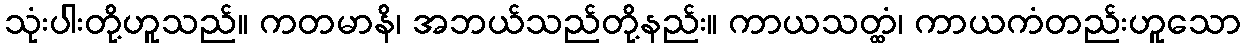
သုံးပါးတို့ဟူသည်။ ကတမာနိ၊ အဘယ်သည်တို့နည်း။ ကာယသတ္ထံ၊ ကာယကံတည်းဟူသော